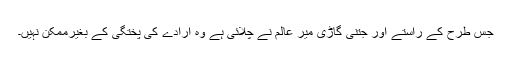
جس طرح کے راستے اور جتنی گاڑی میر عالم نے چلائی ہے وہ ارادے کی پختگی کے بغیرممکن نہیں۔